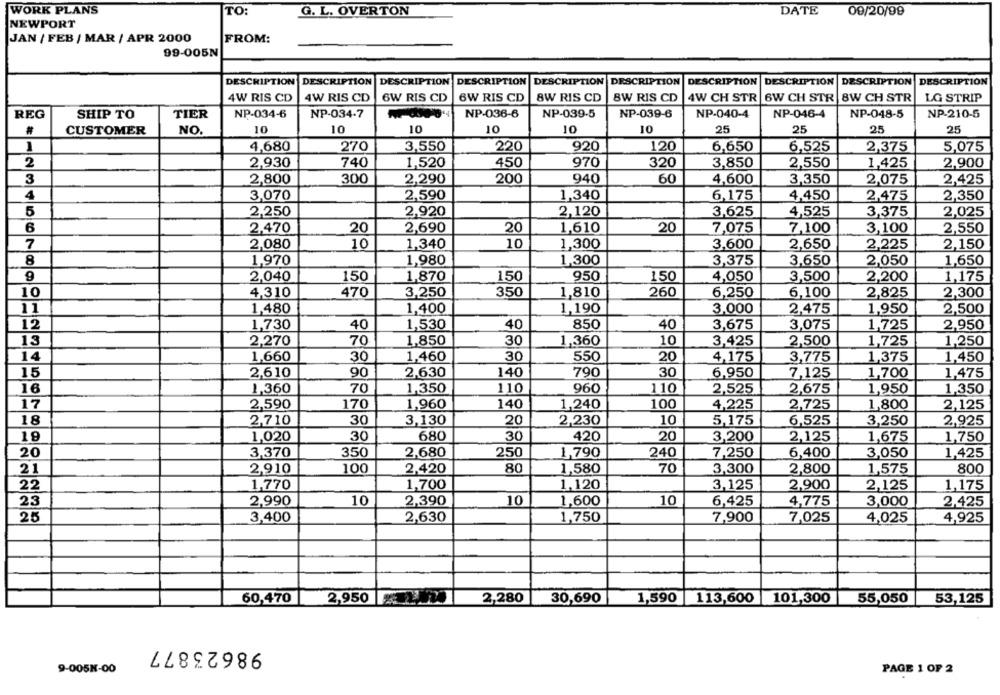
WORK PLANS
ITO:
G. L. OVERTON
DATE
09/20/99
NEWPORT
JAN / FEB / MAR / APR 2000
FROM:
99-005N
DESCRIPTION DESCRIPTION DESCRIPTION DESCRIPTION
DESCRIPTION DESCRIPTION
DESCRIPTION DESCRIPTION DESCRIPTION DESCRIPTION
4W RIS CD
4W RIS CD
6W RIS CD
6W RIS CD
8W RIS CD
8W RIS CD
4W CH STR
6W CH STR| 8W CH STR
LG STRIP
6W CH STR
REG
SHIP TO
TIER
NP-034-6
NP-034-7
NP-036-6
NP-039-5
NP-039-6
NP-040-4
NP-046-4
NP-048-5
NP-210-5
CUSTOMER
NO.
10
10
10
10
10
10
25
25
25
25
3,550
920
5,075
1
4,680
270
220
120
6,650
6,525
2,375
2
2,930
740
1,520
450
970
320
3,850
2,550
1,425
2,900
3
2,800
300
2,290
200
940
60
4,600
3,350
2,075
2,425
1,340
2,350
4
3,070
2,590
6,175
4,450
2,475
5
2,250
2,920
2,120
3.625
4,525
3,375
2,025
6
2,470
20
2,690
20
1,610
20
7,075
7,100
3,100
2,550
7
2,080
10
1,340
10
1,300
3,600
2,650
2,225
2,150
8
1,970
1,980
1,300
3,375
3,650
2,050
1,650
9
2,040
150
1,870
150
950
150
4,050
3,500
2,200
1,175
10
3,250
4,310
470
350
1,810
260
6,250
6,100
2,825
2,300
11
1,480
1,400
1,190
3,000
2,475
1,950
2,500
12
1,730
40
1,530
40
850
40
3,675
3,075
1,725
2,950
13
2,270
70
30
3,425
1,250
1,850
1,360
10
2,500
1,725
14
1,660
30
1,460
30
550
20
4,175
3,775
1,375
1,450
15
2,610
90
2,630
140
790
30
6,950
7,125
1,700
1,475
16
1,360
70
110
960
110
2,675
1,350
1,350
2,525
1,950
17
2,590
170
1,960
140
1,240
100
4,225
2,725
1,800
2,125
18
2,710
30
3,130
20
2,230
10
5,175
6,525
3,250
2,925
19
1,020
30
680
30
420
20
3,200
2,125
1,675
1,750
350
20
3,370
2,680
250
1,790
240
7,250
6,400
3,050
1,425
21
2,910
100
2,420
80
1,580
70
3,300
2,800
1,575
800
22
1,770
1,700
1,120
3,125
2,900
2,125
1,175
2,990
10
2,390
10
10
6,425
23
1,600
4,775
3,000
2,425
25
3,400
2,630
1,750
7,900
7,025
4,025
4,925
60,470
2,950 az 20
2,280
30,690
1,590
113,600
101,300
55,050
53,125
98623877
9-005K-00
PAGE 1 OF 2